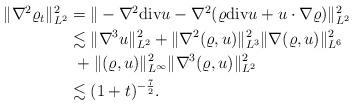
LaTeX: \begin{align*}\begin{aligned}\|\nabla^2 \varrho_t\|_{L^2}^2&=\|-\nabla^2{\rm div}u- \nabla^2(\varrho {\rm div}u+u \cdot \nabla \varrho)\|_{L^2}^2\\&\lesssim \|\nabla^3 u\|_{L^2}^2 +\|\nabla^2 (\varrho,u)\|_{L^3}^2\|\nabla(\varrho,u)\|_{L^6}^2\\&\ +\|(\varrho,u)\|_{L^\infty}^2\|\nabla^3 (\varrho,u)\|_{L^2}^2\\&\lesssim (1+t)^{-\frac{7}{2}}.\end{aligned}\end{align*}